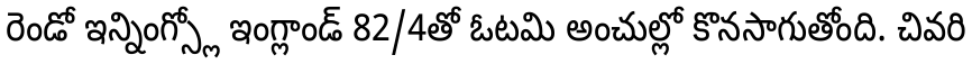
రెండో ఇన్నింగ్స్లో ఇంగ్లాండ్ 82/4తో ఓటమి అంచుల్లో కొనసాగుతోంది. చివరి